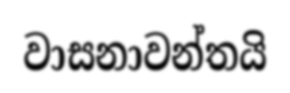
වාසනාවන්තයි